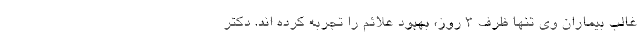
غالب بیماران وی تنها ظرف 3 روز، بهبود علائم را تجربه کرده اند. دکتر